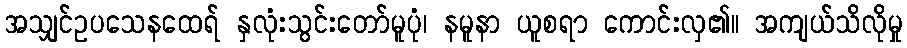
အသျှင်ဥပသေနထေရ် နှလုံးသွင်းတော်မူပုံ၊ နမူနာ ယူစရာ ကောင်းလှ၏။ အကျယ်သိလိုမှု